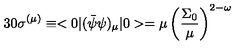
3 0 \sigma ^ { ( \mu ) } \equiv < 0 \vert ( \bar { \psi } \psi ) _ { \mu } \vert 0 > = \mu \left( \frac { \Sigma _ { 0 } } { \mu } \right) ^ { 2 - \omega }